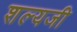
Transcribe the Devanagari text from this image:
शल्यजी